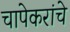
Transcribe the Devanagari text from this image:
चापेकरांचे